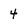
Character: 4